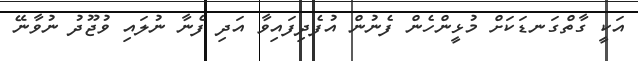
އަކީ ގާތްގަނޑަކަށް މުޅީންހެން ފެނުން އުފެދިފައިވާ އަދި ފެނާ ނުލައި ވުޖޫދު ނުވާނޭ